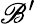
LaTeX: \mathscr{B}^{\prime}